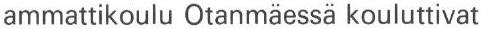
ammattikoulu Otanmäessä kouluttivat